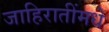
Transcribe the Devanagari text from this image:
जाहिरातींमधे